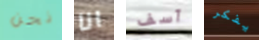
نحن انا آسف يفكر